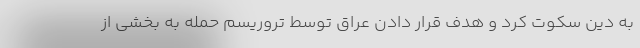
به دین سکوت کرد و هدف قرار دادن عراق توسط تروریسم حمله به بخشی از